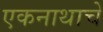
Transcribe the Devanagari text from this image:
एकनाथाचे